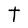
Character: T